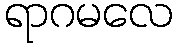
ရာဂမလေ